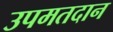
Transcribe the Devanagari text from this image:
उपमतदान